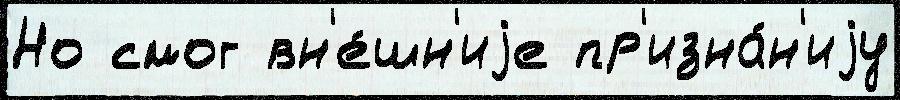
Но смог вн'е́шн'иjе пр'изна́н'иjу